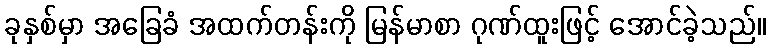
ခုနှစ်မှာ အခြေခံ အထက်တန်းကို မြန်မာစာ ဂုဏ်ထူးဖြင့် အောင်ခဲ့သည်။